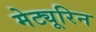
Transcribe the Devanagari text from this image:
मेट्यूरिन